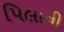
પિલાની